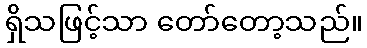
ရှိသဖြင့်သာ တော်တော့သည်။